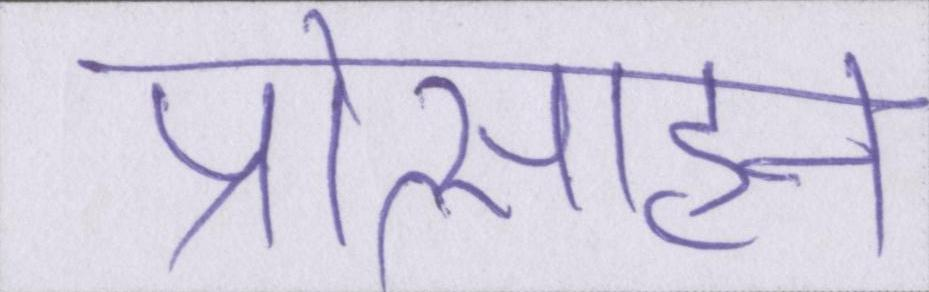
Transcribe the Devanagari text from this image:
प्रोत्साहन